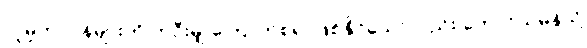
လူမှုတာဝန်များကို တဦးမျှ ကြောက်စရာဖြစ်နိုင်သော်လည်း တောင်သမန်သို့